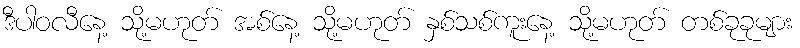
ဒီပါဝလီနေ့ သို့မဟုတ် အစ်နေ့ သို့မဟုတ် နှစ်သစ်ကူးနေ့ သို့မဟုတ် တစ်ခုခုများ